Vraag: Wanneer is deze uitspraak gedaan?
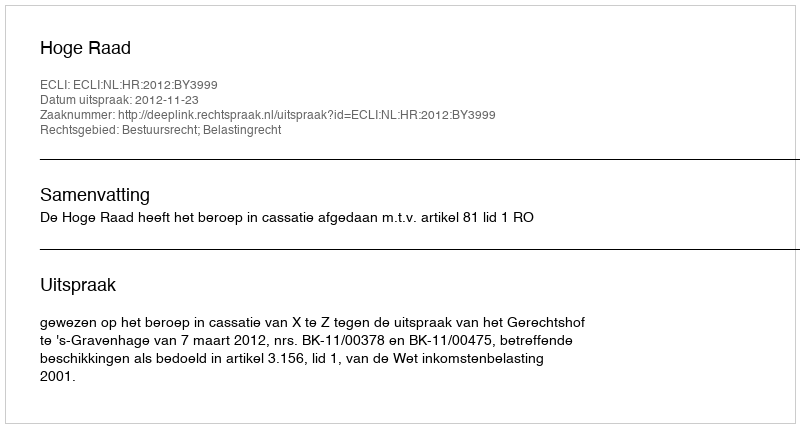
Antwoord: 2012-11-23